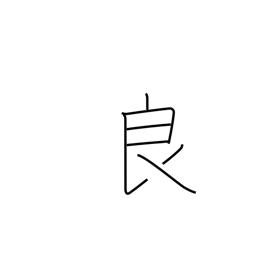
Meaning: skilled